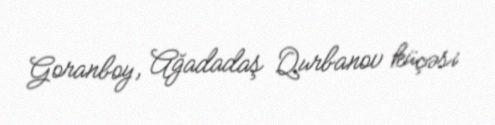
Goranboy, Ağadadaş Qurbanov küçəsi